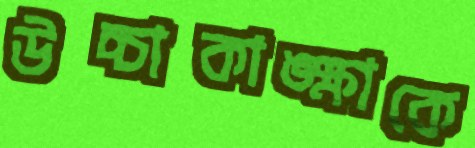
উচ্চাকাঙ্ক্ষাকে